Karksi_vallavalitsus, lk 144
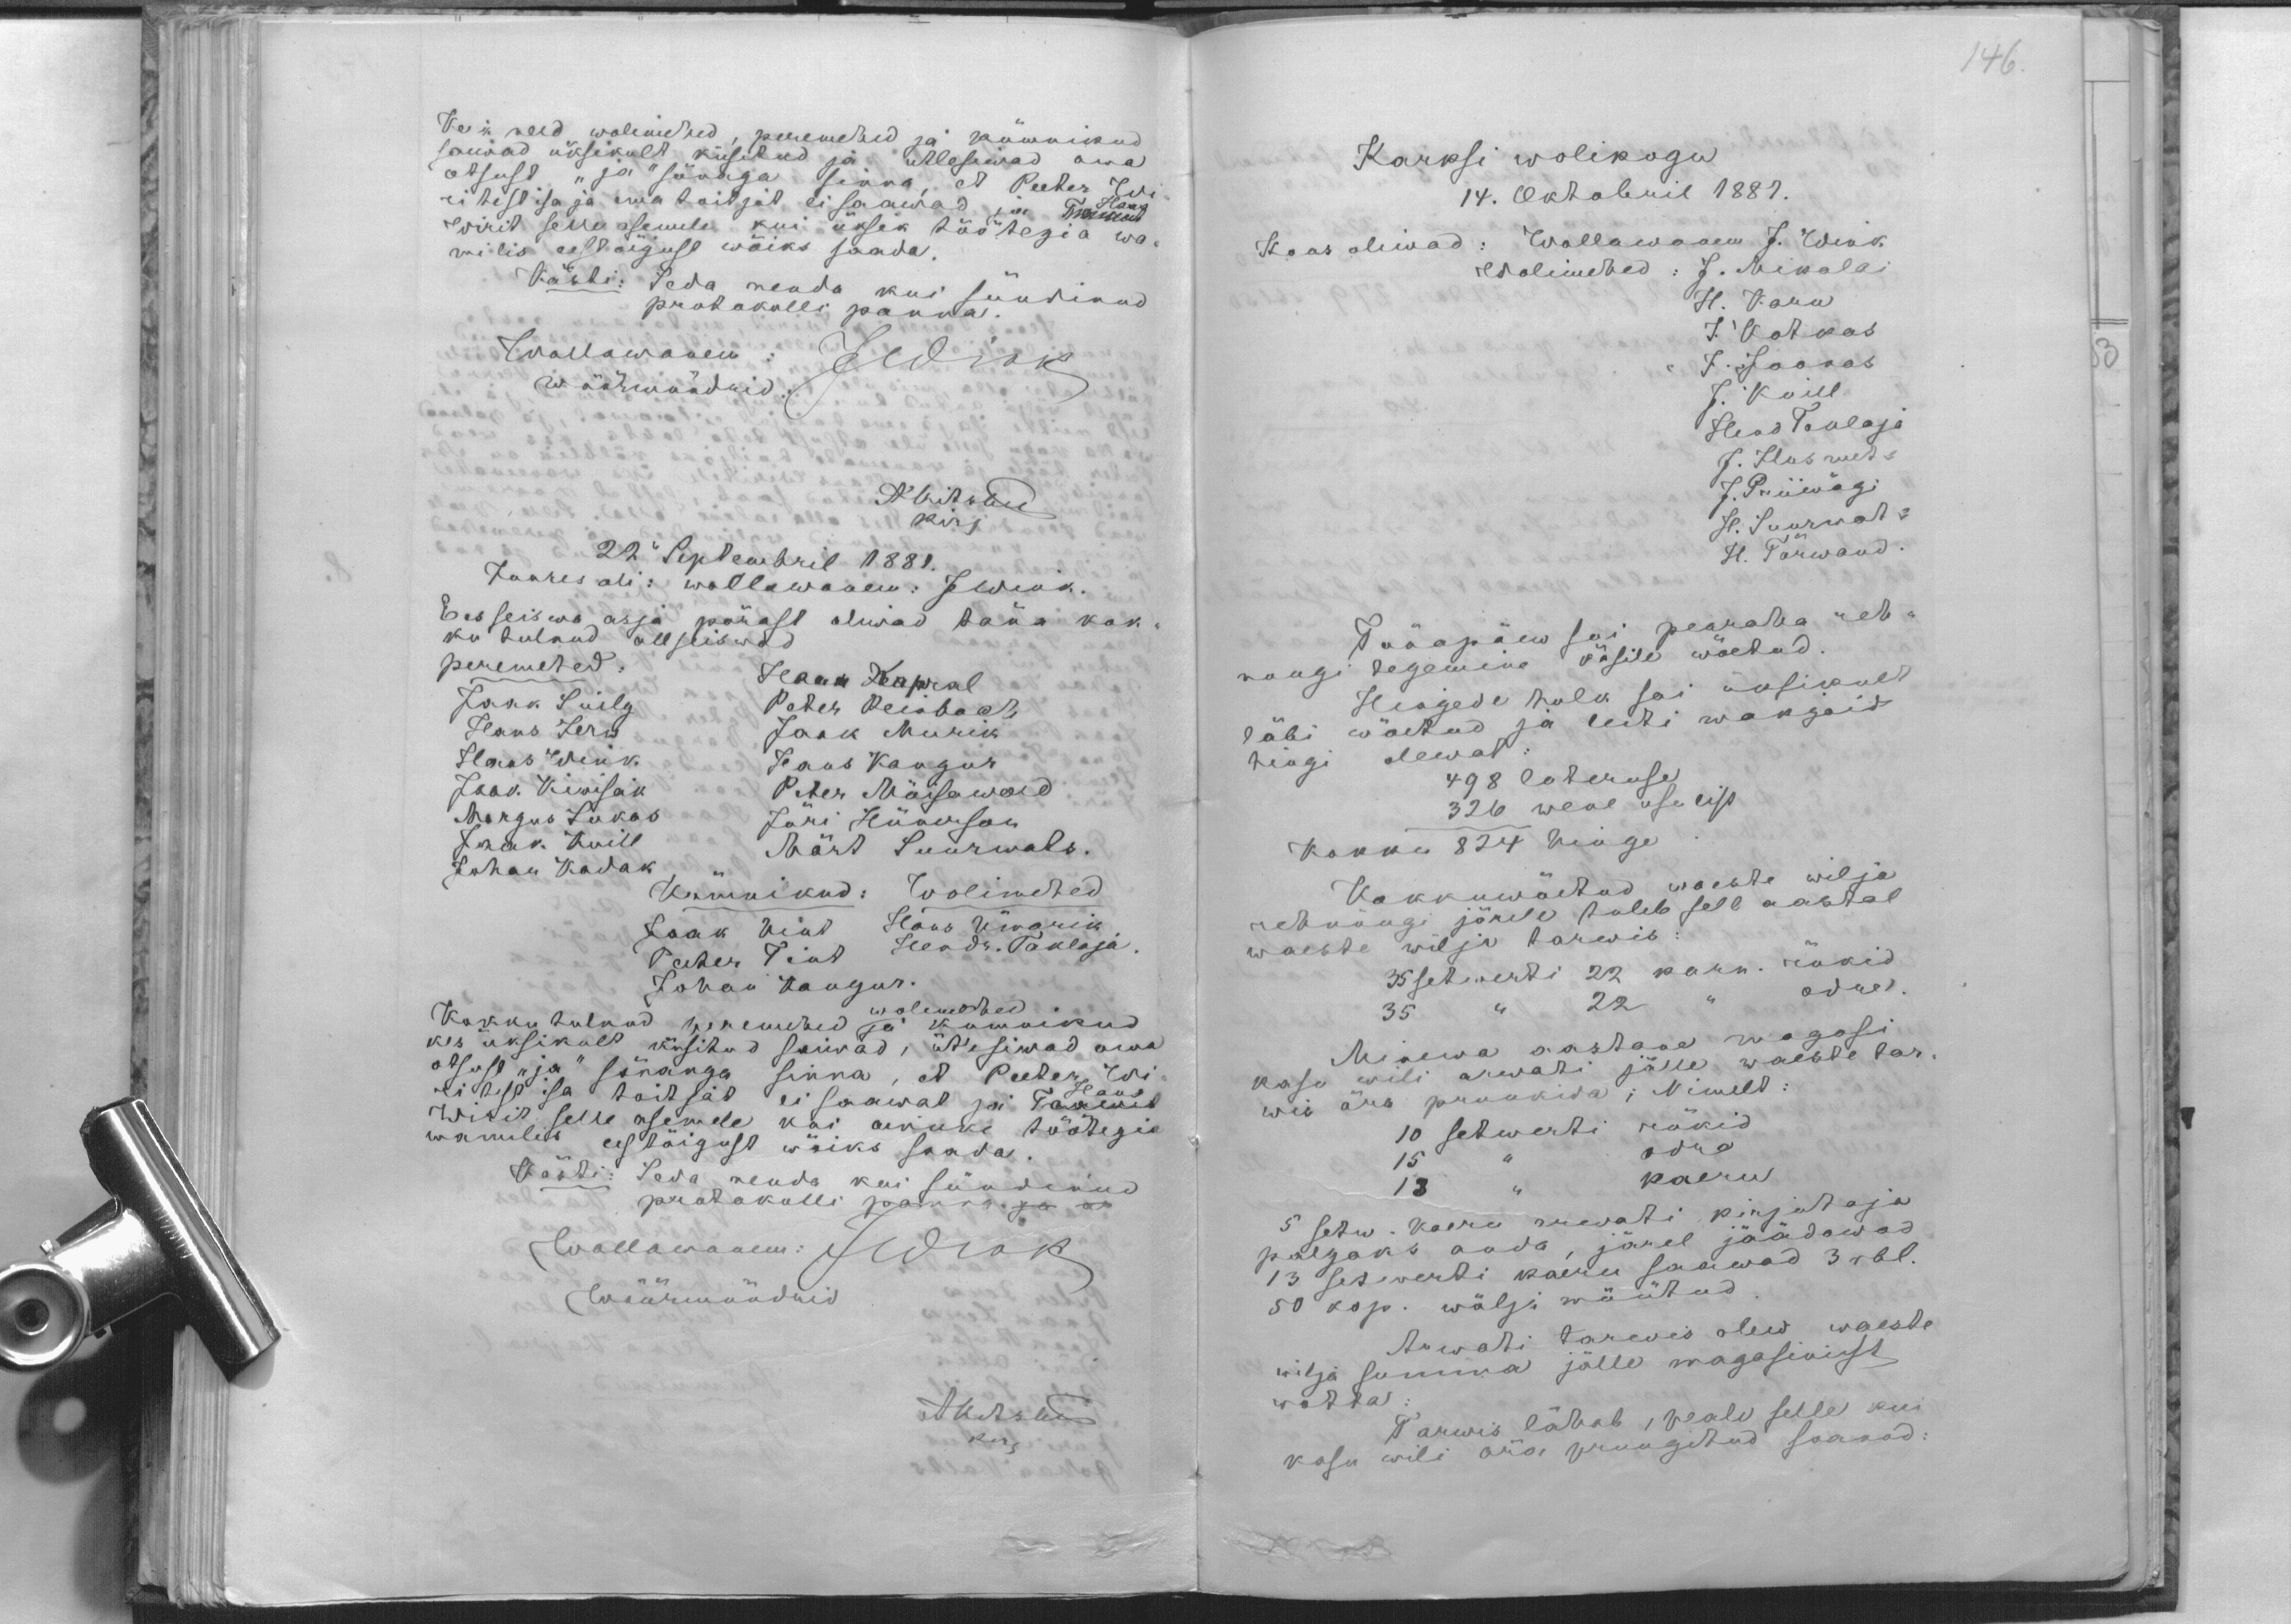
Keik need wolimehed, peremehed ja kümnikud
saiwad üksikult küsilud ja ütlesiwad oma
otsust "ja" sönaga sinna, et Peeter Wi
ritist isa ja ema toitjat ei saawad ja Hans
Wirit selle asemele kui üksik töötegia wa-
milis sele öigust wöiks saada.
Kästi: Seda meada kui sündinud
protokolli panna.
Wallawanem: JMoiak
wöörmündrid
Akitsused
kirj
22 Septembril 1881.
Juures oli: wallawaam: J. Wink.
Eesseiswa asja pärast oliwad täna kok-
ku tulnud allseiswad
peremehed:
Hans Kapral
Jaak Suilg
Peter Reisbach,
Hans Jerw
Jaak Murik
Hans Wesik
Hans Kangur
Jaak Kiwisak
Peter Möisawald
Margus Lukas
Järi Hünerson
Jaak Kuill
Märt Suurwats.
Johan Kadak
Kümnikud: Wolimehed
Jaak Wint
Hans Ümarik
Hendr. Taklaja
Peeter Tint
Johan Kangur.
Kokku tulnud peremehed, wolimehed ja kümnikud
kes üksikult küsitud saiwad, ütlesiwad oma
otsust "ja" sõnauga sinna, et Peeter Wi
risest isa toitjad ei saawat ja Hans
wiris selle asemele kui ainuke töötegia
wanulist eestöigust wöiks saada
Kästi: Seda nenda kui sündinud
protokolli panna
Wallawanem: Adrak
wöörmündrid
Akitski
kirj

146.
Karksi wolikogu
14. Oktobril 1887.
Koos oliwad: Wallawanem J. Wink
Wolimehed: J. Mikolai
H. Karu
J. Kotkas
J. Joonas
J. Koill
Hans Taklaja
J. Ilusmets
J. Priimagi
H. Suurwat
H. Törwand.
Tänapäew sai pearaha reh-
nungi tegemine käsile wöetud.
Hingede hulk sai üksikult
läbi wõetud ja leiti maksjaid
hingi olewat:
498 luteruse
326 wene usulist
Kokku 824 hinge
Kokkuwöetud waeste wilja
rehnungi järele tuleb sell aastal
waeste wilja tarwis:
35 setwerti 22 karn. rükid.
35 " 22   "   odre.
Minewa aastane magasi-
kasu wili arwati jälle waeste tar-
wis ära pruukida ; Nimelt
10 setwerti rükid.
15 " odra
13  " kaeru
5 setw. Kaera arwati kirjutaja
palgaks anda, järel jäädawad.
13 setwerti kaeru saawad 3 rbl.
50 kop. wälja müütud.
Arwati tarwis olew waeste
wilja summa jälle magasinist
wötta.
Tarwis lähab, peale selle kui
kasu wili ära pruugitud saanud: